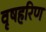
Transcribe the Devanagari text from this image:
वृषहरिण